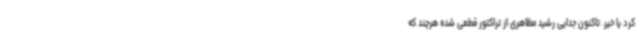
کرد یا خیر. تاکنون جدایی رشید مظاهری از تراکتور قطعی شده هرچند که